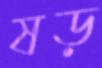
ষড়